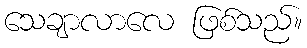
သေချာလာလေ ဖြစ်သည်။